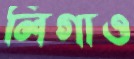
লিগাও